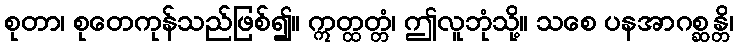
စုတာ၊ စုတေကုန်သည်ဖြစ်၍။ ဣတ္ထတ္တံ၊ ဤလူဘုံသို့။ သစေ ပနအာဂစ္ဆန္တိ၊